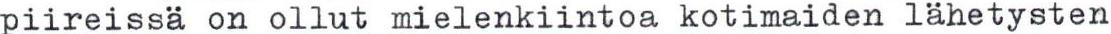
piireissä on ollut mielenkiintoa kotimaiden lähetysten